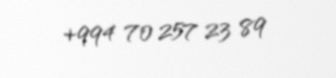
+994 70 257 23 89